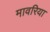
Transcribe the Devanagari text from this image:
मावरिया